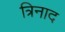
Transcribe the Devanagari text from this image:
त्रिनाद